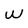
Character: W